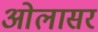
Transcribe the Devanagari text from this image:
ओलासर